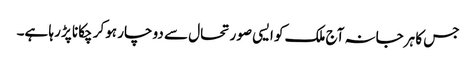
جس کا ہرجانہ آج ملک کو ایسی صورتحال سے دو چار ہوکر چکانا پڑ رہا ہے۔